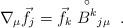
LaTeX: \begin{align*}\nabla_{\mu}\vec{f}_{j}=\vec{f}_{k}\stackrel{\circ}{B^{k}}_{j\mu}\;.\end{align*}